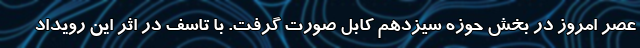
عصر امروز در بخش حوزه سیزدهم کابل صورت گرفت. با تاسف در اثر این رویداد